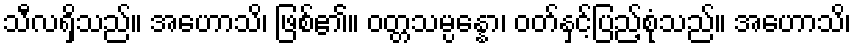
သီလရှိသည်။ အဟောသိ၊ ဖြစ်၏။ ဝတ္တသမ္ပန္နော၊ ဝတ်နှင့်ပြည့်စုံသည်။ အဟောသိ၊